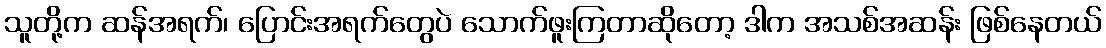
သူတို့က ဆန်အရက်၊ ပြောင်းအရက်တွေပဲ သောက်ဖူးကြတာဆိုတော့ ဒါက အသစ်အဆန်း ဖြစ်နေတယ်